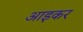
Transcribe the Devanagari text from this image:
आइकर